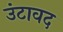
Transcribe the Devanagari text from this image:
उंटावद